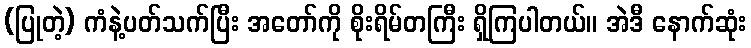
(ပြုတဲ့) ကံနဲ့ပတ်သက်ပြီး အတော်ကို စိုးရိမ်တကြီး ရှိကြပါတယ်။ အဲဒီ နောက်ဆုံး